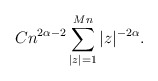
\begin{align*}Cn^{2\alpha-2}\sum_{|z|=1}^{Mn}{|z|^{-2\alpha}}.\end{align*}